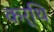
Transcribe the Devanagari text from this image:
कर्थि